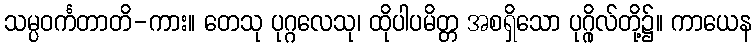
သမ္ပဝင်္ကတာတိ-ကား။ တေသု ပုဂ္ဂလေသု၊ ထိုပါပမိတ္တ အစရှိသော ပုဂ္ဂိုလ်တို့၌။ ကာယေန